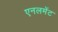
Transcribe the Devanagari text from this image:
एनलमेंट